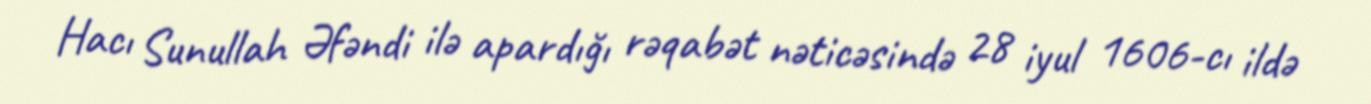
Hacı Sunullah Əfəndi ilə apardığı rəqabət nəticəsində 28 iyul 1606-cı ildə